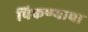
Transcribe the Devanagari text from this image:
पिकण्याचा